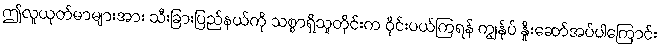
ဤလူယုတ်မာများအား သီးခြားပြည်နယ်ကို သစ္စာရှိသူတိုင်းက ဝိုင်းပယ်ကြရန် ကျွန်ုပ် နှိုးဆော်အပ်ပါကြောင်း